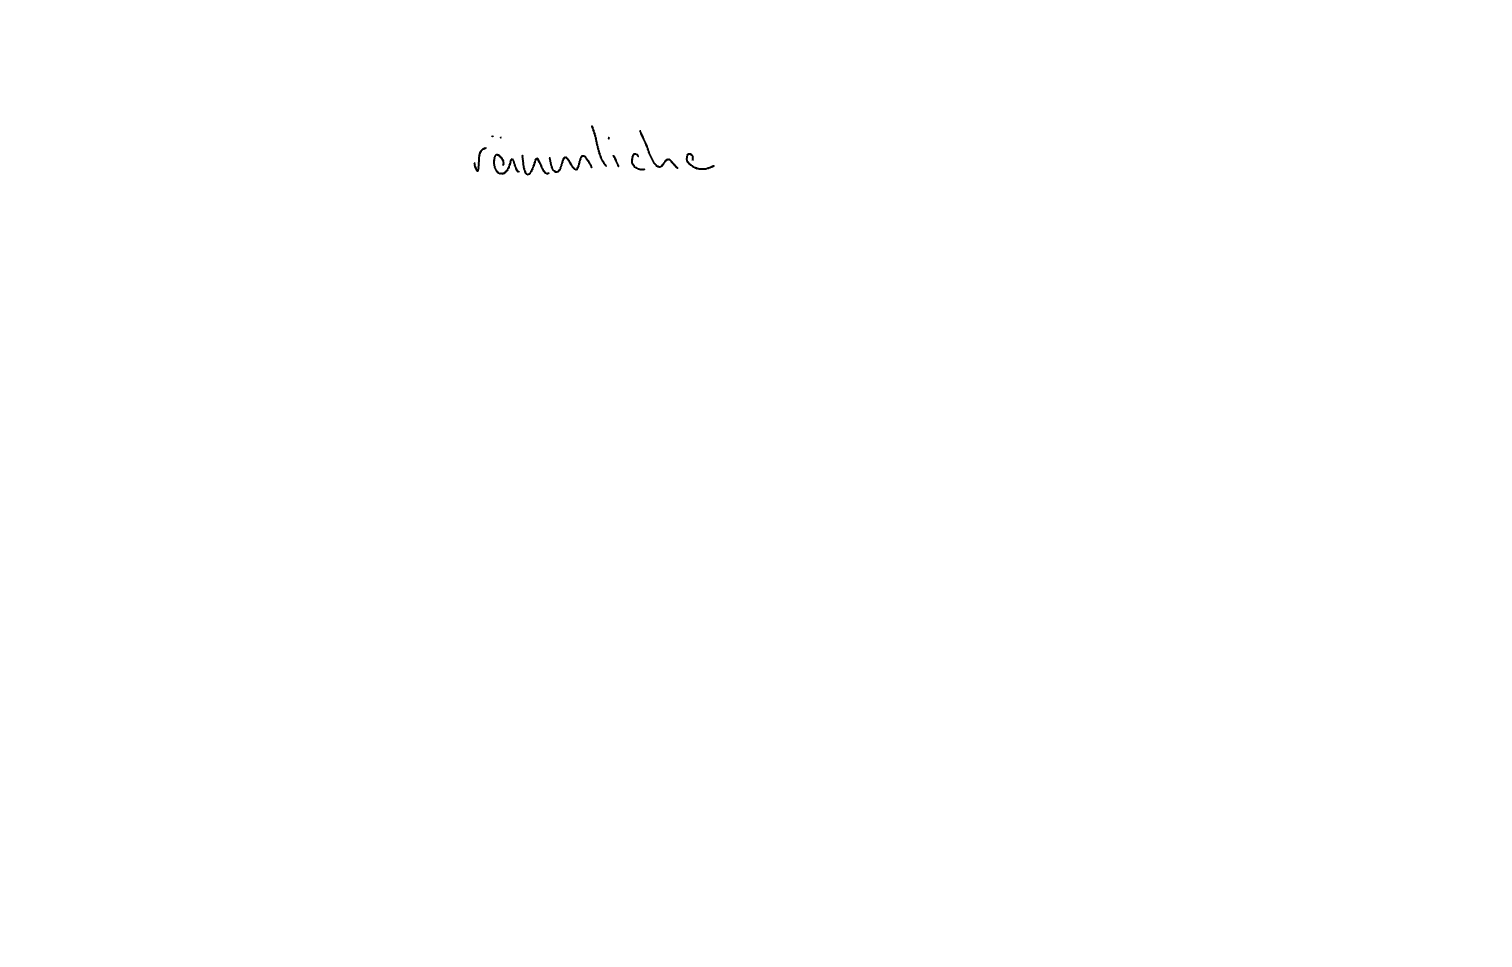
Text: räumliche